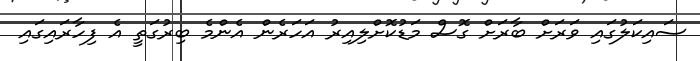
ސައިކަލުގައި ވަރަށް ބާރަށް ގޮސް މަޑުކޮށްލިއިރު އަހަރެން އެންމެ ބިރުގަތީ އެ ފިހާރައިގައި